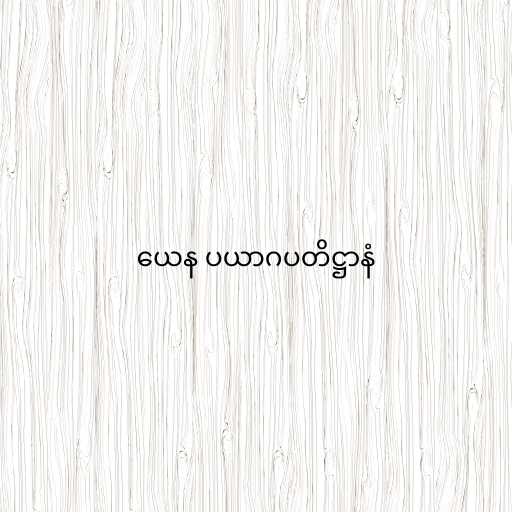
ယေန ပယာဂပတိဋ္ဌာနံ